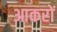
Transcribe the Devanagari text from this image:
आकरों